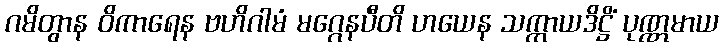
ဂမိတွာန ဝိကာရေန ဗဟိဂါမံ မဂ္ဂေနပီတိ ဟယေန သက္ကာယဒိဋ္ဌိံ ပုဏ္ဏမာယ